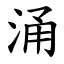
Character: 涌